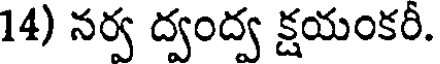
14) నర్వ ద్వంద్వ క్షయంకరీ.